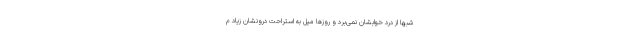
شبها از درد خوابشان نمی‌برد و روزها میل به استراحت درونشان زیاد م